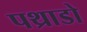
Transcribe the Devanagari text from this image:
पथ्राडो